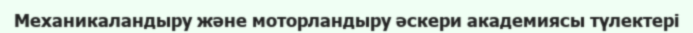
Механикаландыру және моторландыру әскери академиясы түлектері